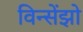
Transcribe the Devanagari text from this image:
विन्सेंझो